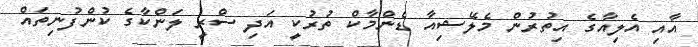
އާއި އެލިއާގެ އިތުރުން މެލޭޝިއާ ޑެންމާކް ތުރުކީ އަދި ސްރީ ލަންކާގެ ކުންފުނިތައް